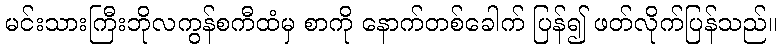
မင်းသားကြီးဘိုလကွန်စကီထံမှ စာကို နောက်တစ်ခေါက် ပြန်၍ ဖတ်လိုက်ပြန်သည်။